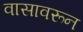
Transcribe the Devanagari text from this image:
वासावरून